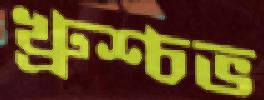
খ্রুশ্চভ